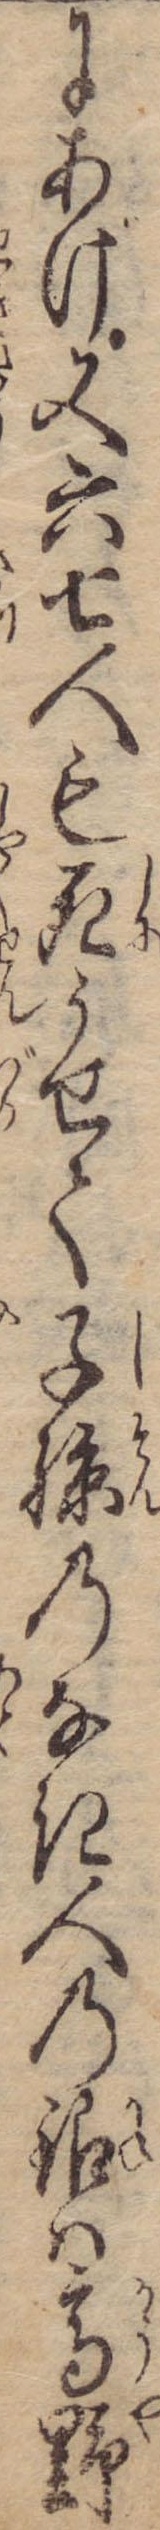
にあげ又六七人も死うせて子孫のなき人の銀は高野